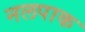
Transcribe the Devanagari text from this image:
नलपाक